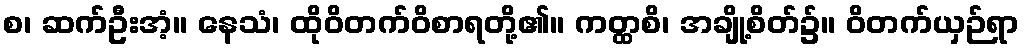
စ၊ ဆက်ဦးအံ့။ နေသံ၊ ထိုဝိတက်ဝိစာရတို့၏။ ကတ္ထစိ၊ အချို့စိတ်၌။ ဝိတက်ယှဉ်ရာ